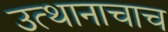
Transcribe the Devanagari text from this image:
उत्थानाचाच